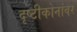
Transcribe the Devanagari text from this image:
दृष्टीकोनांवर